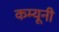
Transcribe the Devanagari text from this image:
कम्यूनी